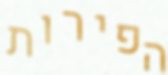
הפירות